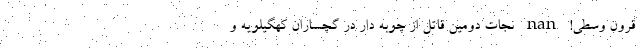
قرون وسطی! nan نجات دومین قاتل از چوبه دار در گچساران کهگیلویه و